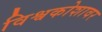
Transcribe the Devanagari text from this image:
विश्वकोशावर